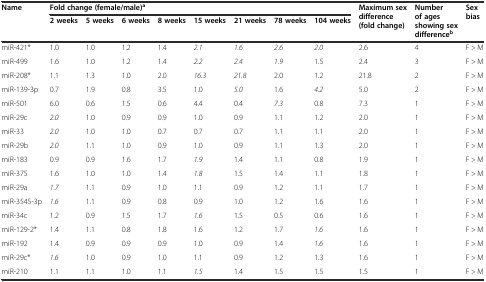
<table><thead><tr><td rowspan="2"><b>Name</b></td><td colspan="8"><b>Fold change (female/male)<sup>a</sup></b></td><td rowspan="2"><b>Maximum sex difference (fold change)</b></td><td rowspan="2"><b>Number of ages showing sex difference<sup>b</sup></b></td><td rowspan="2"><b>Sex bias</b></td></tr><tr><td><b>2 weeks</b></td><td><b>5 weeks</b></td><td><b>6 weeks</b></td><td><b>8 weeks</b></td><td><b>15 weeks</b></td><td><b>21 weeks</b></td><td><b>78 weeks</b></td><td><b>104 weeks</b></td></tr></thead><tbody><tr><td>miR-421*</td><td>1.0</td><td>1.0</td><td>1.2</td><td>1.4</td><td><i>2.1</i></td><td><i>1.6</i></td><td><i>2.6</i></td><td><i>2.0</i></td><td>2.6</td><td>4</td><td>F &gt; M</td></tr><tr><td>miR-499</td><td>1.6</td><td>1.0</td><td>1.2</td><td>1.4</td><td><i>2.2</i></td><td><i>2.4</i></td><td><i>1.9</i></td><td>1.5</td><td>2.4</td><td>3</td><td>F &gt; M</td></tr><tr><td>miR-208*</td><td>1.1</td><td>1.3</td><td>1.0</td><td>2.0</td><td><i>16.3</i></td><td><i>21.8</i></td><td>2.0</td><td>1.2</td><td>21.8</td><td>2</td><td>F &gt; M</td></tr><tr><td>miR-139-3p</td><td>0.7</td><td>1.9</td><td>0.8</td><td>3.5</td><td>1.0</td><td><i>5.0</i></td><td>1.6</td><td><i>4.2</i></td><td>5.0</td><td>2</td><td>F &gt; M</td></tr><tr><td>miR-501</td><td>6.0</td><td>0.6</td><td>1.5</td><td>0.6</td><td>4.4</td><td>0.4</td><td><i>7.3</i></td><td>0.8</td><td>7.3</td><td>1</td><td>F &gt; M</td></tr><tr><td>miR-29c</td><td><i>2.0</i></td><td>1.0</td><td>0.9</td><td>0.9</td><td>1.0</td><td>0.9</td><td>1.1</td><td>1.2</td><td>2.0</td><td>1</td><td>F &gt; M</td></tr><tr><td>miR-33</td><td><i>2.0</i></td><td>1.0</td><td>1.0</td><td>0.7</td><td>0.7</td><td>0.7</td><td>1.1</td><td>1.1</td><td>2.0</td><td>1</td><td>F &gt; M</td></tr><tr><td>miR-29b</td><td><i>2.0</i></td><td>1.1</td><td>1.0</td><td>0.9</td><td>1.0</td><td>0.9</td><td>1.1</td><td>1.3</td><td>2.0</td><td>1</td><td>F &gt; M</td></tr><tr><td>miR-183</td><td>0.9</td><td>0.9</td><td>1.6</td><td>1.7</td><td><i>1.9</i></td><td>1.4</td><td>1.1</td><td>0.8</td><td>1.9</td><td>1</td><td>F &gt; M</td></tr><tr><td>miR-375</td><td>1.6</td><td>1.0</td><td>1.0</td><td>1.4</td><td><i>1.8</i></td><td>1.5</td><td>1.4</td><td>1.1</td><td>1.8</td><td>1</td><td>F &gt; M</td></tr><tr><td>miR-29a</td><td><i>1.7</i></td><td>1.1</td><td>0.9</td><td>1.0</td><td>1.1</td><td>0.9</td><td>1.2</td><td>1.1</td><td>1.7</td><td>1</td><td>F &gt; M</td></tr><tr><td>miR-3545-3p</td><td><i>1.6</i></td><td>1.1</td><td>0.9</td><td>0.8</td><td>0.9</td><td>1.0</td><td>1.2</td><td>1.6</td><td>1.6</td><td>1</td><td>F &gt; M</td></tr><tr><td>miR-34c</td><td>1.2</td><td>0.9</td><td>1.5</td><td>1.7</td><td><i>1.6</i></td><td>1.5</td><td>0.5</td><td>0.6</td><td>1.6</td><td>1</td><td>F &gt; M</td></tr><tr><td>miR-129-2*</td><td>1.4</td><td>1.1</td><td>0.8</td><td>1.8</td><td>1.6</td><td>1.2</td><td>1.7</td><td><i>1.6</i></td><td>1.6</td><td>1</td><td>F &gt; M</td></tr><tr><td>miR-192</td><td>1.4</td><td>0.9</td><td>0.9</td><td>0.9</td><td>1.0</td><td>0.9</td><td>1.4</td><td><i>1.6</i></td><td>1.6</td><td>1</td><td>F &gt; M</td></tr><tr><td>miR-29c*</td><td><i>1.6</i></td><td>1.0</td><td>0.9</td><td>1.0</td><td>1.1</td><td>0.9</td><td>1.2</td><td>1.3</td><td>1.6</td><td>1</td><td>F &gt; M</td></tr><tr><td>miR-210</td><td>1.1</td><td>1.1</td><td>1.0</td><td>1.1</td><td><i>1.5</i></td><td>1.4</td><td>1.5</td><td>1.5</td><td>1.5</td><td>1</td><td>F &gt; M</td></tr></tbody></table>